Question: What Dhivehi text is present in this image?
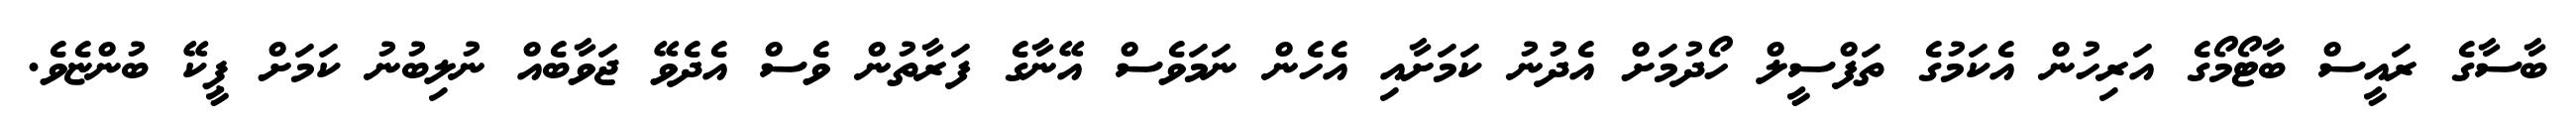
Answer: ބާސާގެ ރައީސް ބާޓޯމޯގެ އަރިހުން އެކަމުގެ ތަފްސީލް ހޯދުމަށް އެދުނު ކަމަށާއި އެހެން ނަމަވެސް އޭނާގެ ފަރާތުން ވެސް އެދެވޭ ޖަވާބެއް ނުލިބުނު ކަމަށް ޕީކޭ ބުންޏެވެ.